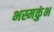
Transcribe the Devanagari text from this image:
भस्मकुंभ